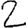
Digit: 2